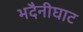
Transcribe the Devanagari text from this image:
भदैनीघाट